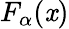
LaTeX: F_{\alpha}(\mathit{x})